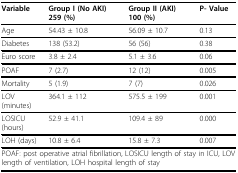
| Variable | Group I (No AKI) 259 (%) | Group II (AKI) 100 (%) | P- Value |
 | --- | --- | --- | --- |
 | Age | 54.43 ± 10.8 | 56.09 ± 10.7 | 0.13 |
 | Diabetes | 138 (53.2) | 56 (56) | 0.38 |
 | Euro score | 3.8 ± 2.4 | 5.1 ± 3.6 | 0.06 |
 | POAF | 7 (2.7) | 12 (12) | 0.005 |
 | Mortality | 5 (1.9) | 7 (7) | 0.026 |
 | LOV(minutes) | 364.1 ± 112 | 575.5 ± 199 | 0.001 |
 | LOSICU (hours) | 52.9 ± 41.1 | 109.4 ± 89 | 0.000 |
 | LOH (days) | 10.8 ± 6.4 | 15.8 ± 7.3 | 0.007 |
 | <COLSPAN=4> POAF: post operative atrial fibrillation, LOSICU length of stay in ICU, LOV length of ventilation, LOH hospital length of stay |